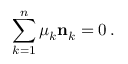
\sum _ { k = 1 } ^ { n } \mu _ { k } { \bf n } _ { k } = 0 \, .